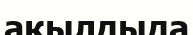
ақылдыда